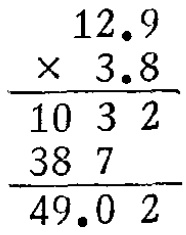
\[
\begin{array}{c}
12.9 \\
\times 3.8 \\
\hline
1032 \\
387 \\
\hline
49.02
\end{array}
\]